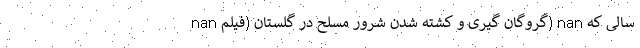
nan گروگان گیری و کشته شدن شرور مسلح در گلستان (فیلم) nan سالی که